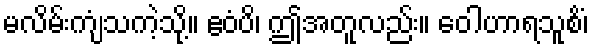
မလိမ်းကျံသကဲ့သို့။ ဧဝံပိ၊ ဤအတူလည်း။ ဝေါဟာရသူစိံ၊